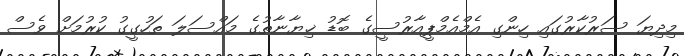
މިދިޔަ ސަރުކާރުގައި ހިންގި އެމްއެމްޕީއާރުސީގެ ބޮޑު ޚިޔާނާތުގެ މައްސަލަ ތަހުގީގު ކުރުމަށް ވެސް